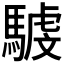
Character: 𩤾